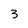
Character: 3